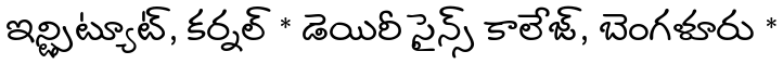
ఇన్స్టిట్యూట్, కర్నల్ * డెయిరీ సైన్స్ కాలేజ్, బెంగళూరు *